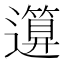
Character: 𥳪